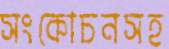
সংকোচনসহ